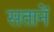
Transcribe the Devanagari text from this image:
सतानें